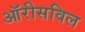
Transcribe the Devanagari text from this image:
ऑरीसविल